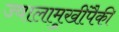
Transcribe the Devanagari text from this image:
ज्वालामुखींपैकी